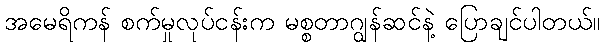
အမေရိကန် စက်မှုလုပ်ငန်းက မစ္စတာဂျွန်ဆင်နဲ့ ပြောချင်ပါတယ်။